system: You are a helpful assistant.
user:
Analyze the provided spectrum to determine if it is a **"Cataclysmic Variables (CV)"**.

- **Key Indicators for CV (Check for either state):**
    - **State 1: Quiescent / Low-State (Emission-Dominated)**
        - **(Primary):** Strong and *very broad* Hydrogen Balmer emission lines (e.g., $H\alpha$ at 6563 Å, $H\beta$ at 4861 Å). The 'broadness' (high velocity dispersion, often FWHM > 1000 km/s) is the key diagnostic, indicating a high-velocity accretion disk.
        - **(Secondary):** Broad neutral Helium (He I) emission lines (e.g., 5876 Å, 6678 Å).
        - **(Key Confirmation):** Presence of high-excitation *ionized* Helium (He II) emission at 4686 Å. This is a strong indicator of accretion onto a white dwarf.
        - **(Line Profile):** Emission lines may exhibit a 'double-peaked' profile, which is a classic signature of a rotating accretion disk viewed at high inclination.

    - **State 2: Outburst / High-State (Absorption-Dominated)**
        - **(Primary):** Spectrum is dominated by a bright, blue continuum (looks like a hot star).
        - **(Secondary):** The emission lines from State 1 are weak, absent, or 'filled in', and are replaced by broad, shallow *absorption* lines (primarily Balmer and He I).
        - **(Morphology):** The overall spectrum mimics a hot B/A-type star. The crucial difference is that the absorption lines are significantly broader, shallower, and more 'washed-out' (or 'smeared') than the sharp lines of a normal stellar photosphere, due to high rotational speeds and pressure broadening in the disk.

Think first, call **spectral_visualization_tool** if needed to examine features in detail, then provide your final answer. Your response must adhere to the following strict rules:
1.  **Overall Structure:** Your response must follow the format `<think>...</think> <tool_call>...</tool_call> (if a tool is used) <answer>...</answer>`.
2.  **Tool Usage Constraint:** You may only make **one** tool call per turn.
3.  **Final Answer Format:** In the `<answer>` tag, your conclusion must be inside a `\boxed{}` command (e.g., `\boxed{YES}`), followed by your justification.

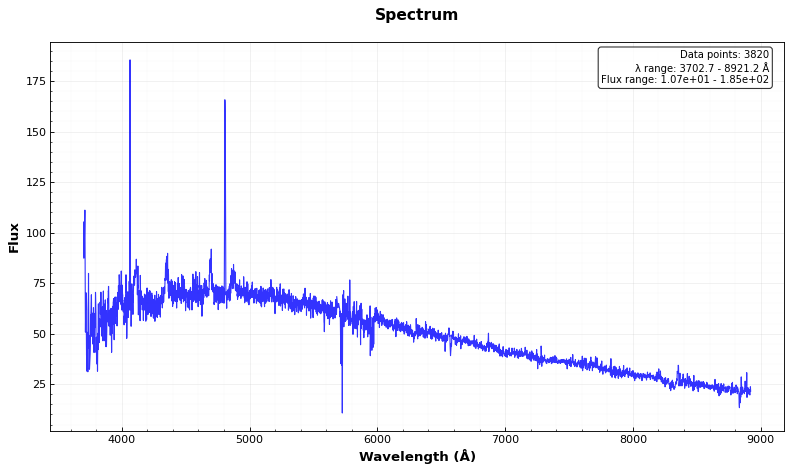
Answer: YES